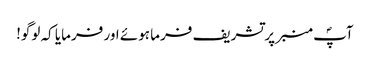
آپؐ منبر پر تشریف فرما ہوئے اور فرمایا کہ لوگو!